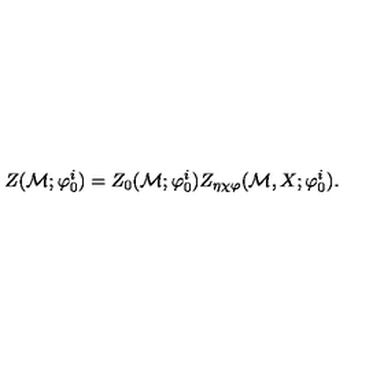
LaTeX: Z ( { \cal M } ; { \varphi } _ { 0 } ^ { i } ) = Z _ { 0 } ( { \cal M } ; { \varphi } _ { 0 } ^ { i } ) Z _ { \eta \chi \varphi } ( { \cal M } , X ; { \varphi } _ { 0 } ^ { i } ) .